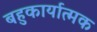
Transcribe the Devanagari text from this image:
बहुकार्यात्‍मक